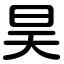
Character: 昊